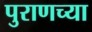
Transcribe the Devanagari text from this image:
पुराणच्या